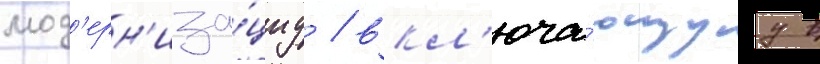
мод'ерн'иза́циу / вкл'юча́ющуу в